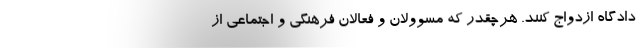
دادگاه ازدواج کنند. هرچقدر که مسوولان و فعالان فرهنگی و اجتماعی از